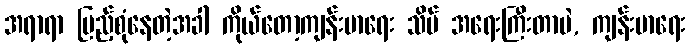
အရာရာ ပြည့်စုံနေတဲ့အခါ ကိုယ်တော့ကျန်းမာရေး သိပ် အရေးကြီးတာပဲ, ကျန်းမာရေး